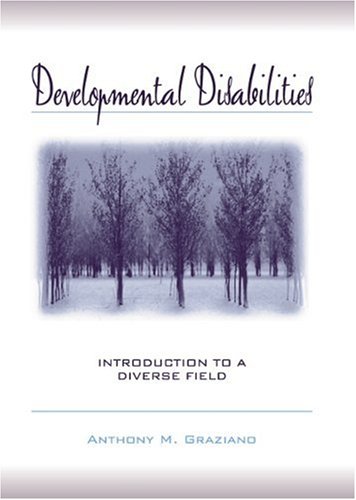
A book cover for Developmental Disabilities: Introduction to a Diverse Field; Anthony M. Graziano; Medical Books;